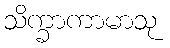
သိက္ခာကာမာသု